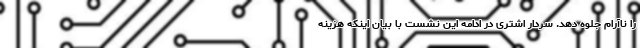
را ناآرام جلوه دهد. سردار اشتری در ادامه این نشست با بیان اینکه هزینه